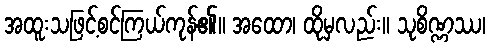
အထူးသဖြင့်စင်ကြယ်ကုန်၏။ အထော၊ ထိုမှလည်း။ သုစိဏ္ဏဿ၊